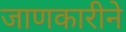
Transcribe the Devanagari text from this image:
जाणकारीने